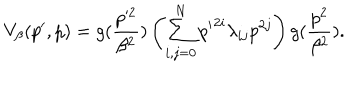
V _ { \beta } ( p ^ { \prime } , p ) = g ( \frac { p ^ { 2 } } { \beta ^ { 2 } } ) \left( \sum _ { i , j = 0 } ^ { N } { p ^ { \prime } } ^ { 2 i } \lambda _ { i j } p ^ { 2 j } \right) g ( \frac { p ^ { 2 } } { \beta ^ { 2 } } ) .